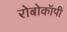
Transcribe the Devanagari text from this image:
रोबोकॉपी